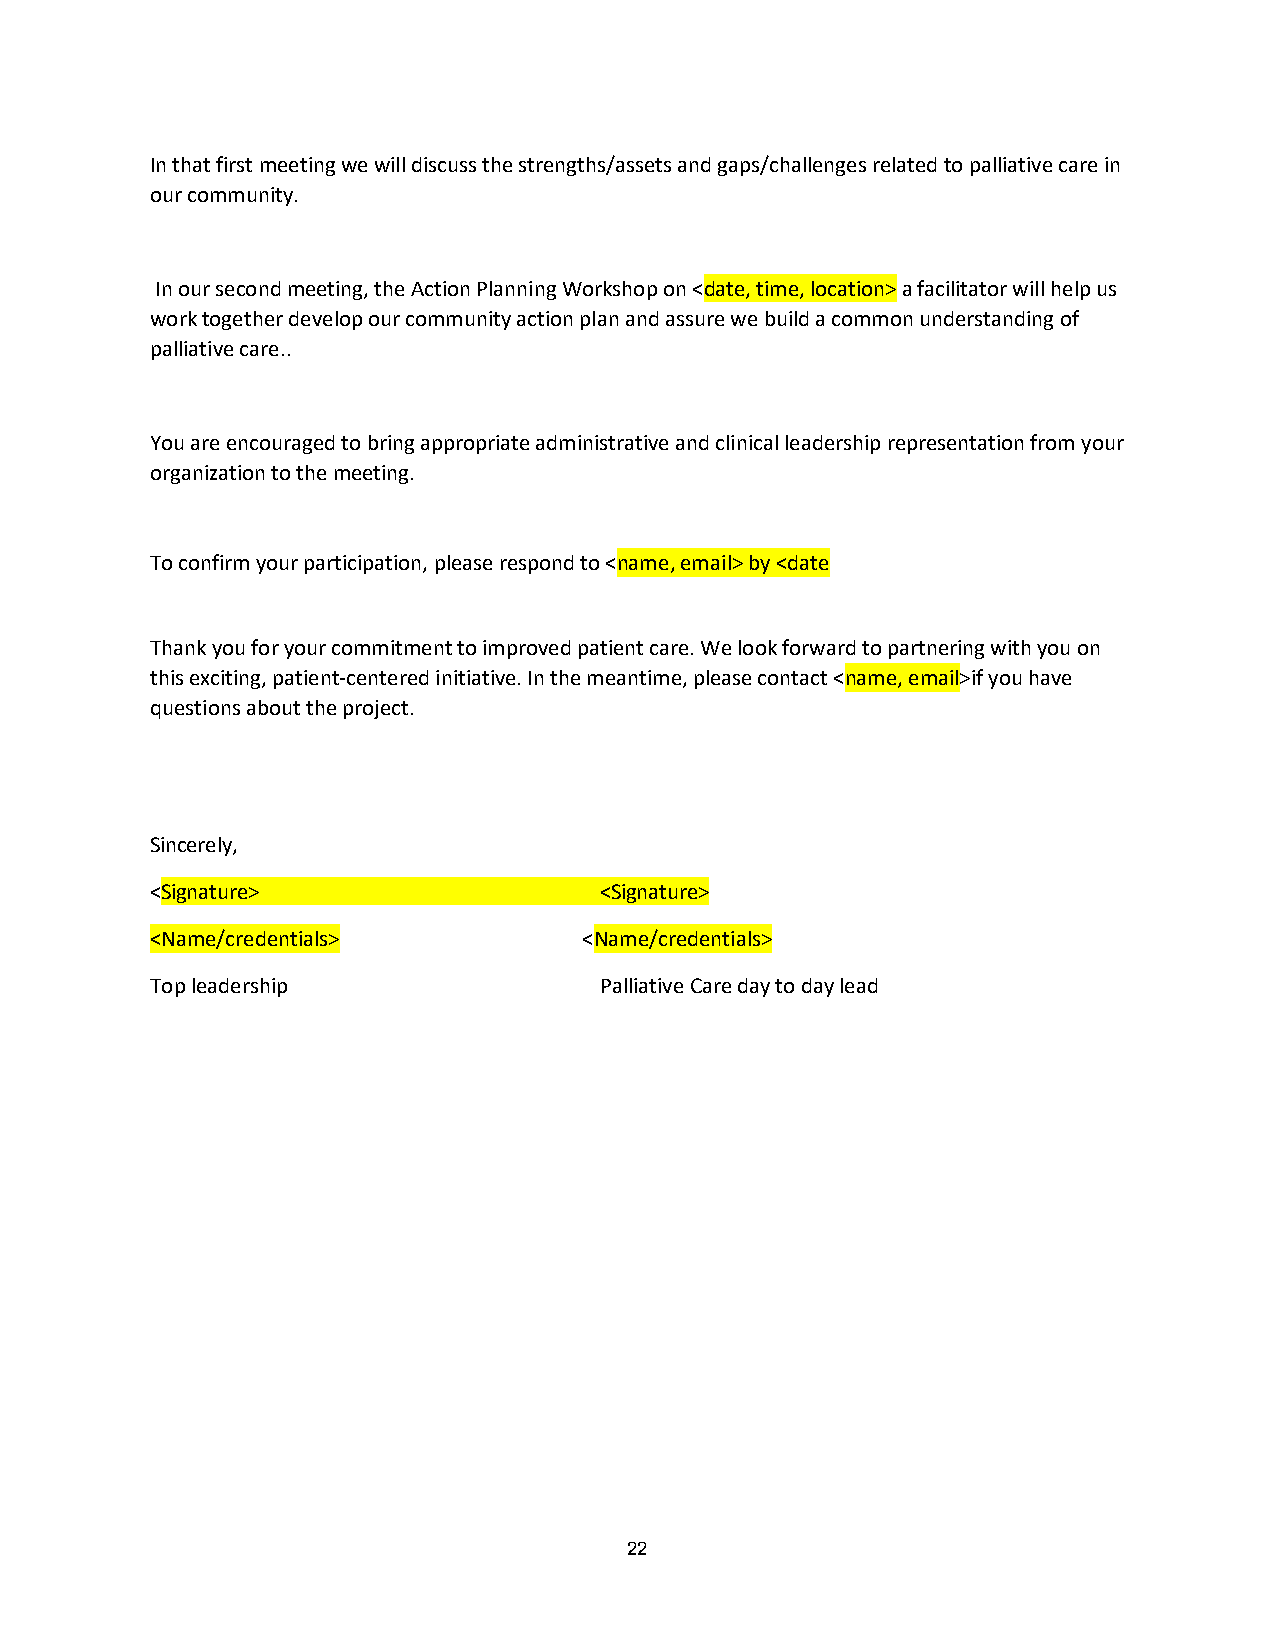
In that first meeting we will discuss the strengths/assets and gaps/challenges related to palliative care in
 our community.
 In our second meeting, the Action Planning Workshop on <date, time, location> a facilitator will help us
 work together develop our community action plan and assure we build a common understanding of
 palliative care..
 You are encouraged to bring appropriate administrative and clinical leadership representation from your
 organization to the meeting.
 To confirm your participation, please respond to <name, email> by <date
 Thank you for your commitment to improved patient care. We look forward to partnering with you on
 this exciting, patient-centered initiative. In the meantime, please contact <name, email>if you have
 questions about the project.
 Sincerely,
 <Signature>                   <Signature>
 <Name/credentials>           <Name/credentials>
 Top leadership                Palliative Care day to day lead
 22